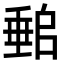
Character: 𡑈